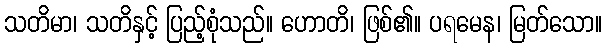
သတိမာ၊ သတိနှင့် ပြည့်စုံသည်။ ဟောတိ၊ ဖြစ်၏။ ပရမေန၊ မြတ်သော။